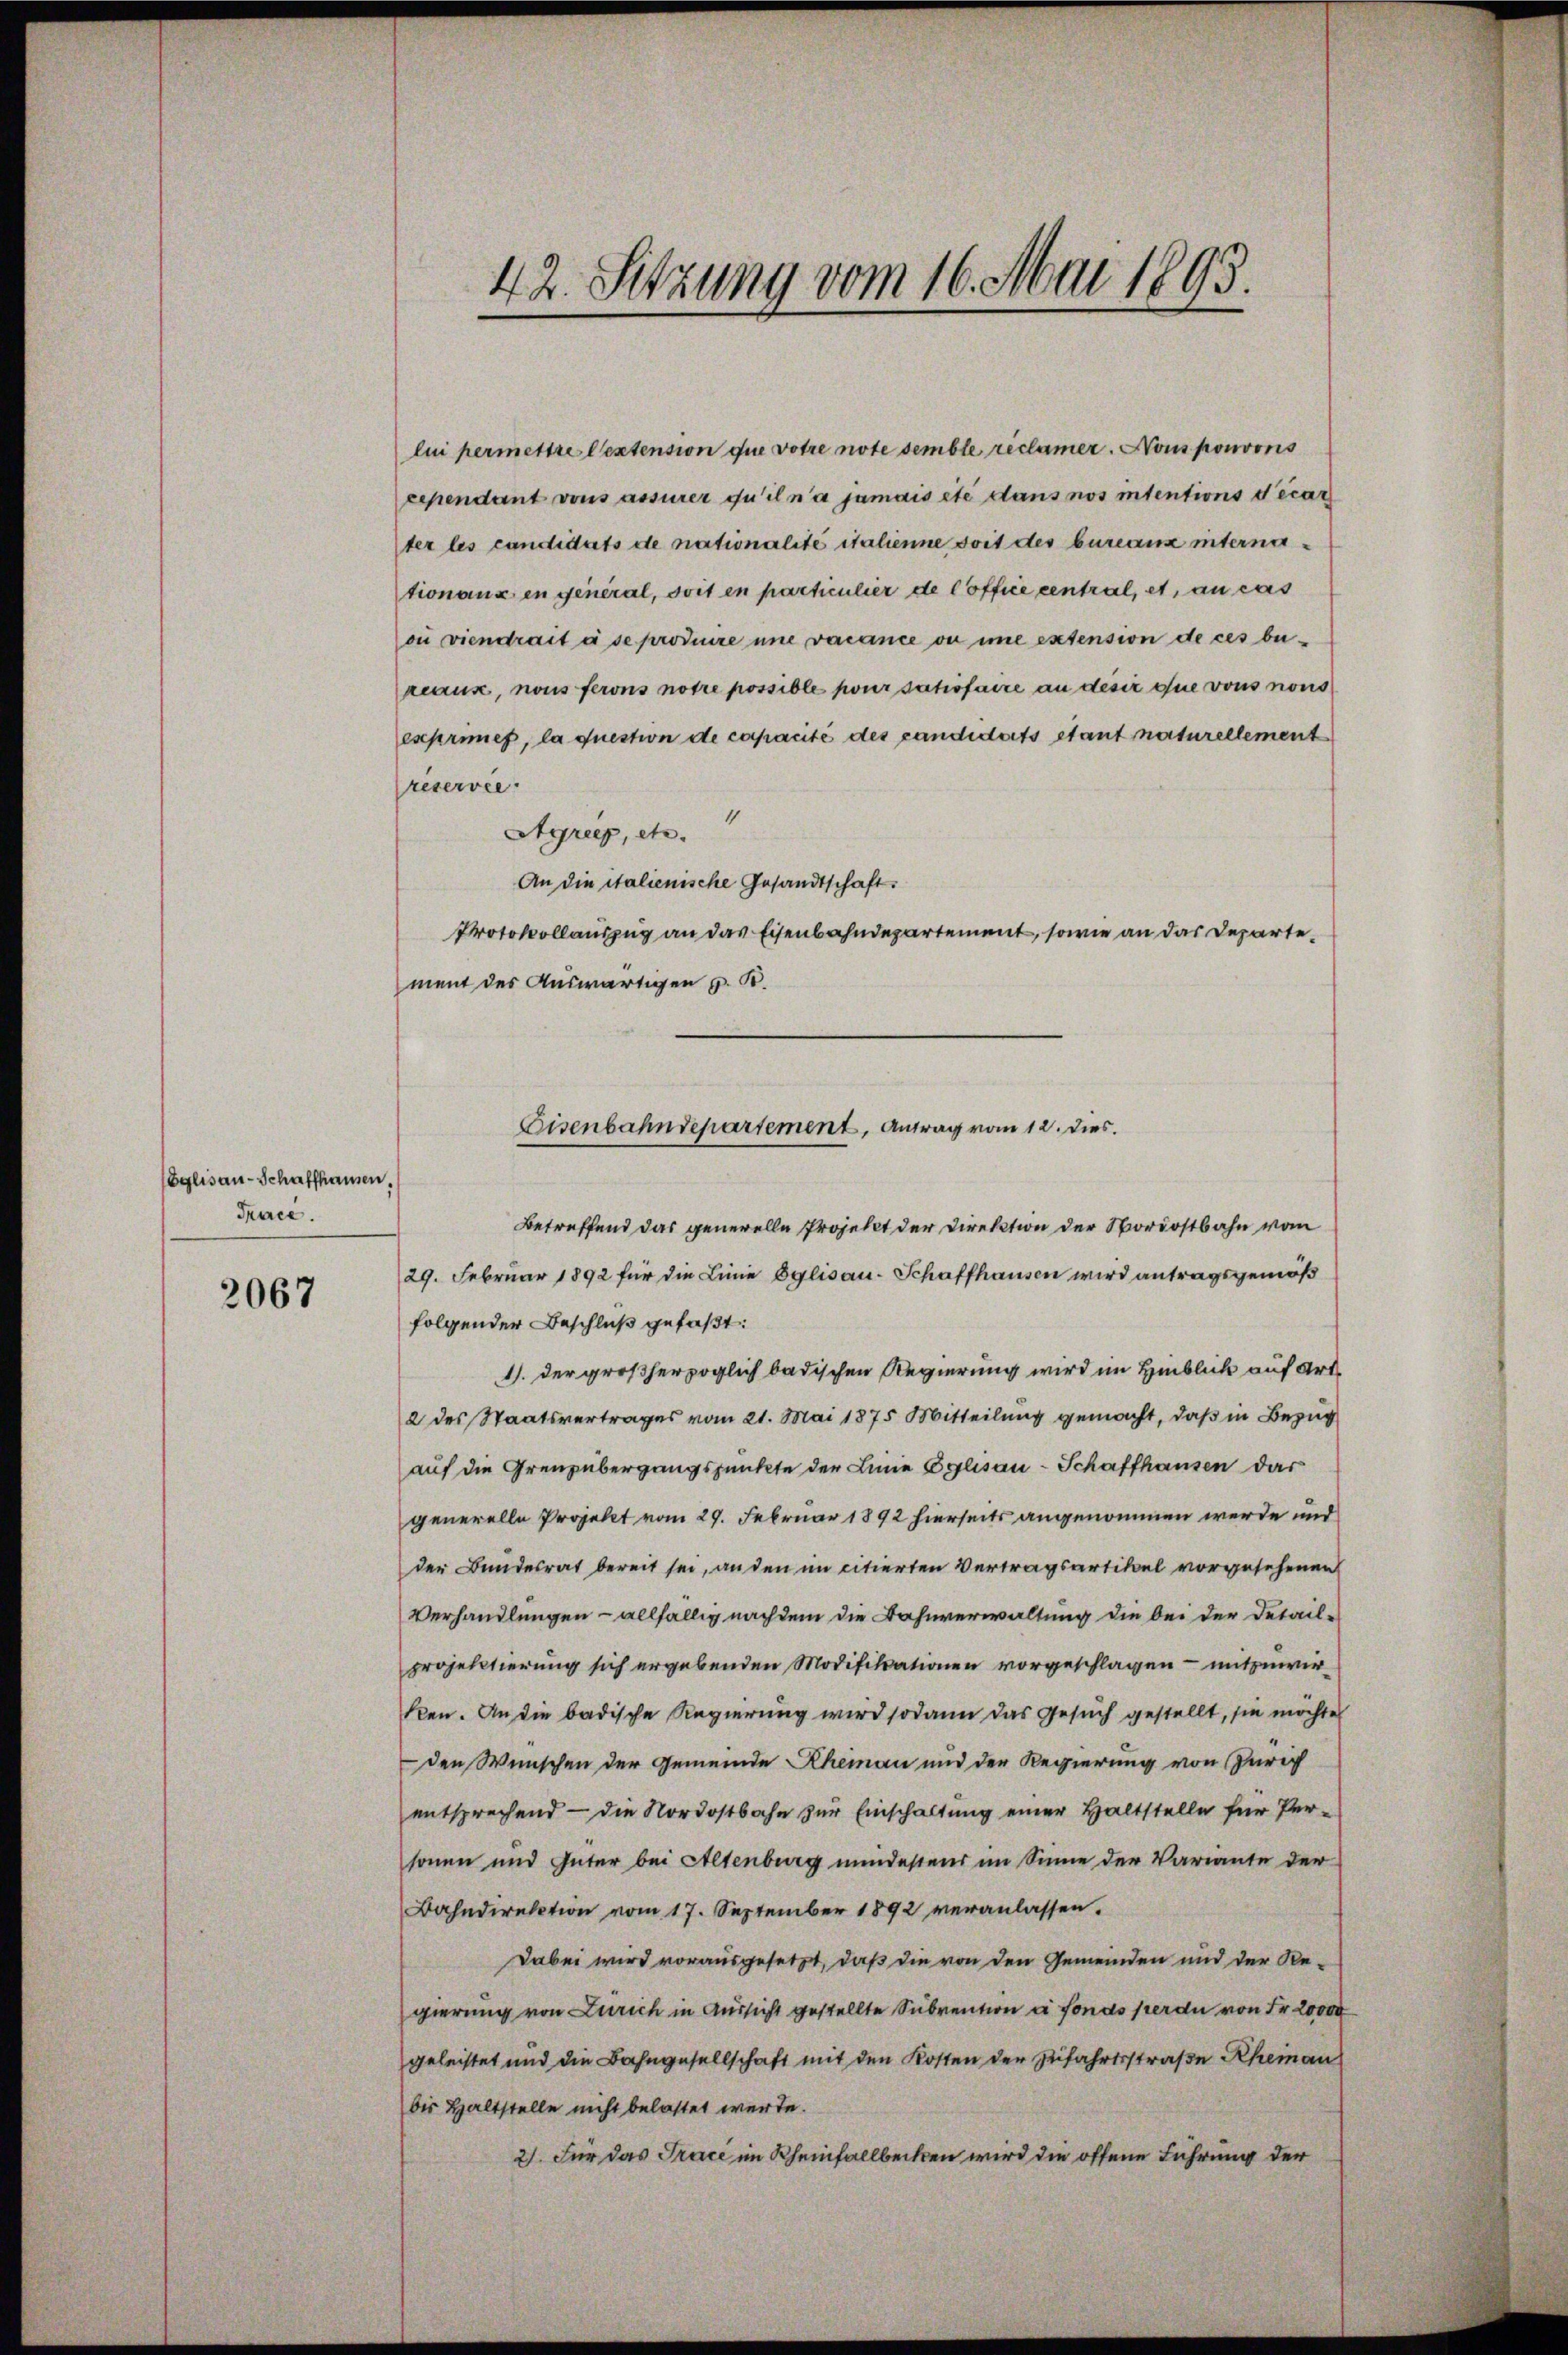
Eglisau-Schaffhausen,
Trace.

2067

lui permettre lextension que votre note semble reclamer. Nous pouvons
cependant vons assurer qu’il n’a jamais été dans nos intentions decar
ter les candidats de nationalité italienne soit des bureaux internationaux en general, soit en particulier de Coffice central, et, au cas
ou viendrait à se produire une vacance ou ime extension de ces berearus, nous ferons notre possible pour satisfaire an desir que vons nous
exprimes, la question de capacité des candidorts stant naturellement
reservée.
4
Ayreep, etc.
An die italienische Gesandtschaft.
Protokollauszug an das Eisenbahndepartement, sowie an das Departement des Auswärtigen z. B.

42. Sitzung vom 16. Mai 1893.

Eisenbahndepartement, Antrag vom 12. dies.

Betreffend das generelle Projekt der Direktion der Nordostbahn vom
29. Februar 1892 für die Linie Eglisau-Schaffhausen wird antragsgemäß
folgender Beschluß gefaßt:
11. der großherzoglich badischen Regierung wird im Hinblick auf Art.
2 des Staatsvertrages vom 21. Mai 1875 Mitteilung gemacht, daß in Bezug
auf die Grenz übergangspunkte der Linie Eglisau-Schaffhausen dar
generelle Projekt vom 29. Februar 1892 hierseits angenommen werde und
der Bundesrat bereit sei, an den im citierten Vertragsartikel vorgesehenen
Verhandlungen – allfällig nachdem die Bahnverwaltung die bei der Detail-
projektierung sich ergebenden Modifikationen vorgeschlagen – mitzuwirflen. An die badische Regierung wird sodann das Gesuch gestellt, sie möchte
den Wünschen der Gemeinde Rheman und der Regierung von Zürich
entsprechend — die Nordostbahn zur Einschaltung einer Haltstelle für Per-
sonen und Güter bei Altenberg mindestens im Sinne der Variante der
Bahndirektion vom 17. September 1892 veranlassen.
Dabei wird vorausgesetzt, daß die von den Gemeinden und der Re-
gierung von Zürich in Aussicht gestellte Subvention à fonds perdu von Fr. 20000
geleistet und die Bahngesellschaft mit den Kosten der Zufahrtsstraße Rheinau
bis Haltstelle nicht belastet werde.
2). Für das Trace im Rheinfallbecken wird die offene Führung der